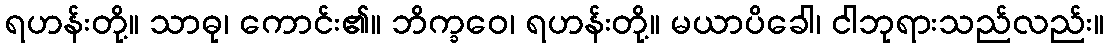
ရဟန်းတို့။ သာဓု၊ ကောင်း၏။ ဘိက္ခဝေ၊ ရဟန်းတို့။ မယာပိခေါ၊ ငါဘုရားသည်လည်း။